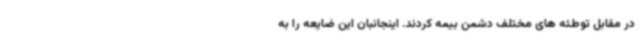
در مقابل توطئه های مختلف دشمن بیمه کردند. اینجانبان این ضایعه را به